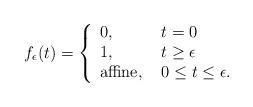
LaTeX: \begin{align*}f_\epsilon(t) = \left\{ \begin{array}{ll} 0, & t=0 \\ 1, & t\geq \epsilon \\ \textrm{affine, } & 0 \leq t \leq \epsilon. \end{array} \right.\end{align*}